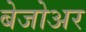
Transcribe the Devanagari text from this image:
बेजोअर